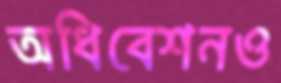
অধিবেশনও